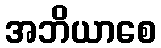
အဘိယာစေ